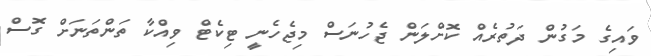
ވައިގެ މަގުން ދަތުރެއް ކޮށްލަން ޖެހުނަސް މިޖެހެނީ ޓިކެޓް ވިއްކާ ތަންތަނަށް ގޮސް